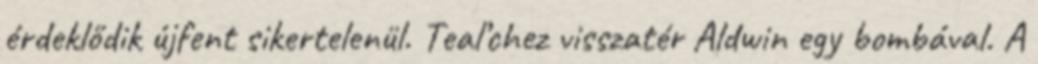
érdeklődik újfent sikertelenül. Teal’chez visszatér Aldwin egy bombával. A